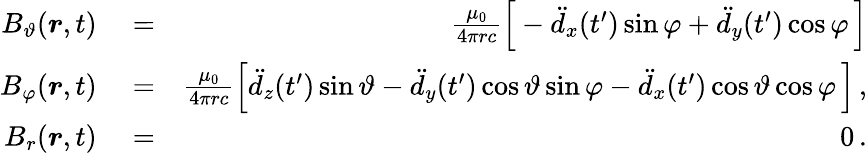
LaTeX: \begin{array}{rlr}{B_{\vartheta}(\boldsymbol{r},t)}&{{}=}&{\frac{\mu_{0}}{4\pi rc}\Big[-\ddot{d}_{x}(t^{\prime})\sin\varphi+\ddot{d}_{y}(t^{\prime})\cos\varphi\, \Big]}\\ {B_{\varphi}(\boldsymbol{r},t)}&{{}=}&{\frac{\mu_{0}}{4\pi rc}\Big[\ddot{d}_{z}(t^{\prime})\sin\vartheta-\ddot{d}_{y}(t^{\prime})\cos\vartheta\sin\varphi-\ddot{d}_{x}(t^{\prime})\cos\vartheta\cos\varphi\, \Big]\, ,}\\ {B_{r}(\boldsymbol{r},t)}&{{}=}&{0\, .}\end{array}